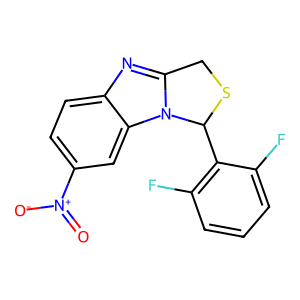
SMILES: O=[N+]([O-])c1ccc2nc3n(c2c1)C(c1c(F)cccc1F)SC3
Inhibits HIV replication: No